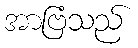
အာဗြံသည်